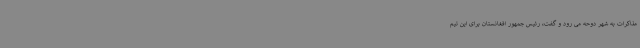
مذاکرات به شهر دوحه می رود و گفت، رئیس جمهور افغانستان برای این تیم